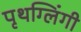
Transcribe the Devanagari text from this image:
पृथग्लिंगी